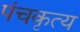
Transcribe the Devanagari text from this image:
पंचकृत्य